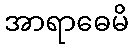
အာရာဓေမိ